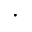
\cdot